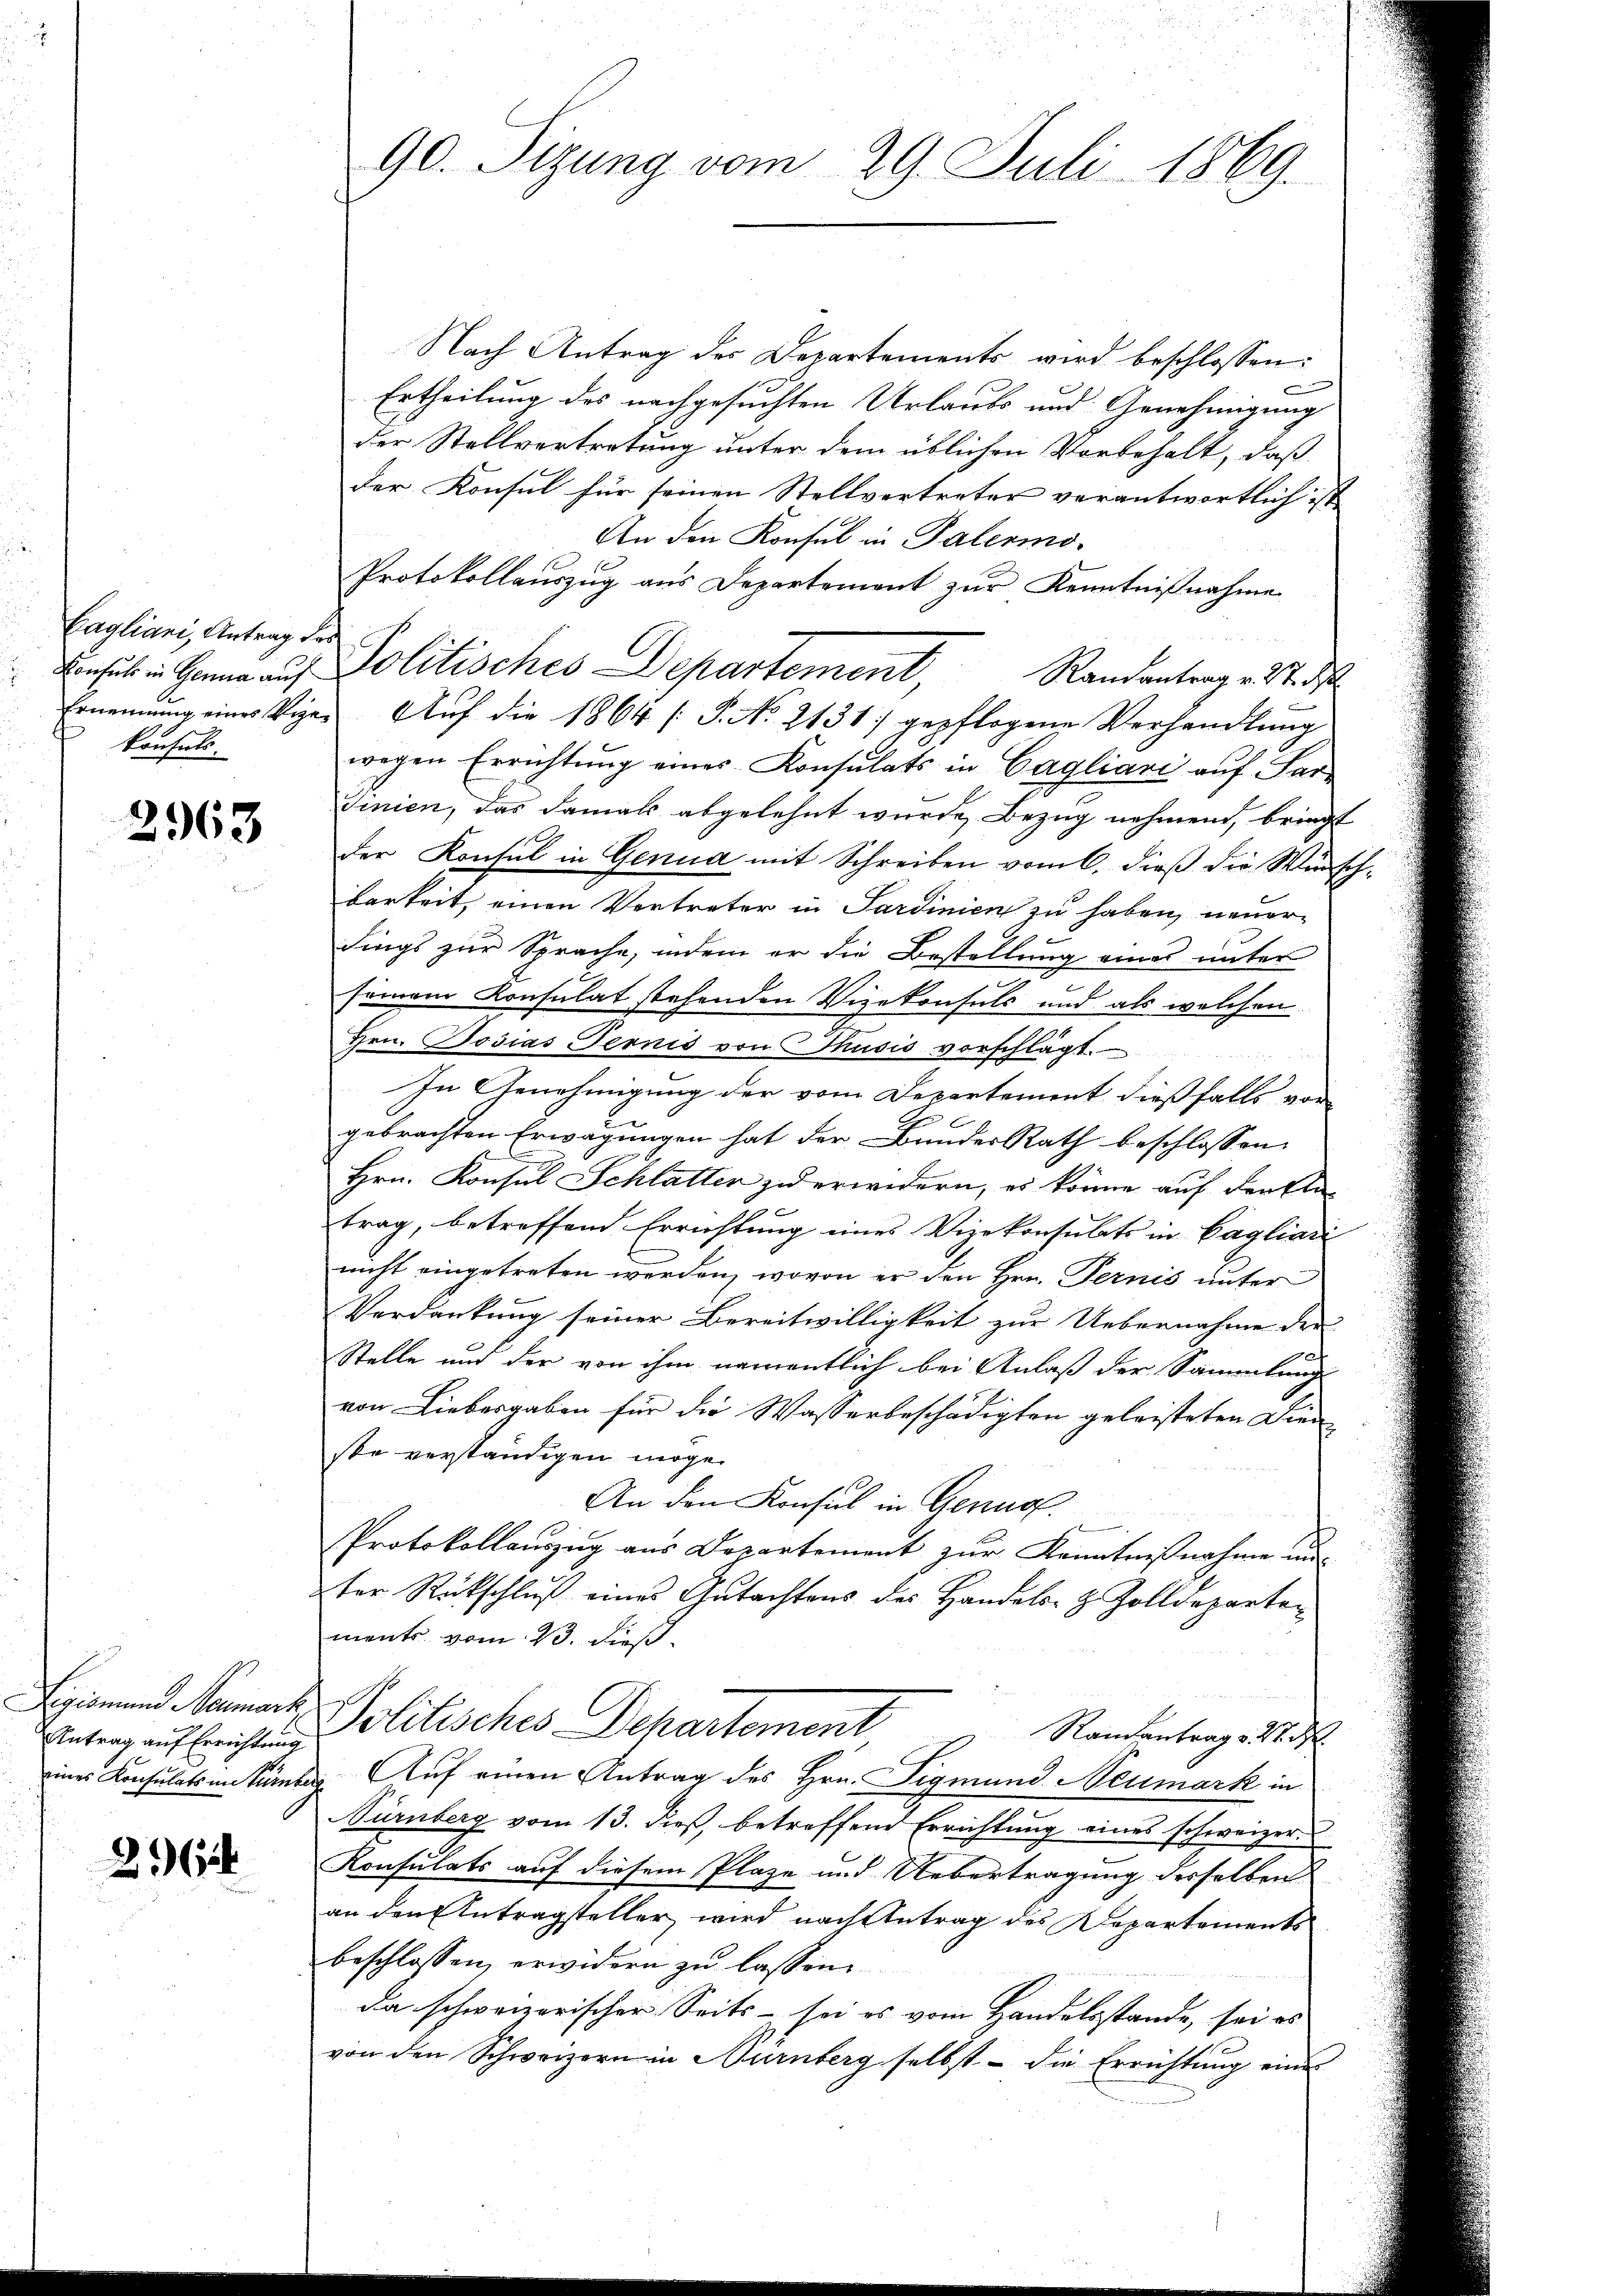
Cagliani, Antrag der
konsuls.

2963

Antrag auf Errichtung

216

Nach Antrag des Departements wird beschlossen:
Ertheilung des nachgesuchten Urlaubs und Genehmigung
der Stellvertretung unter dem üblichen Vorbehalt, daß
der Konsul für seinen Stellvertreter verantwortlich ist
An den Konsul in Palermo¬
Protokollauszug aus Departement zur Kenntnißnahme
Binsul in Hanna auf Politisches Departement,
Randantrag v. 27. ds
Ernennung eines Viger Aŭf die 1864 /: P. No. 2131) gepflogene Verhandlŭng
wegen Errichtŭng einer Konsulats in Cagliari aŭf Sar-
Tinien, das damals abgelehnt wurde, Bezug nehmend, bringt
der Konsul in Genua mit Schreiben vom 6. dieß die Wünschbarkeit, einen Vertreter in Sardinien zu haben, neuerdings zur Sprache, indem er die Bestellung eines unter
seinem Konsulat stehenden Vizekonsuls und als welchen
Hrn. Josias Ternis von Thusis vorschlägt.
24
In Genehmigung der vom Departement dießfalls vor-
gebrachten Erwägungen hat der Bundes Rath beschlossen:
Hrn. Konsul Schlatter zu erwidern, es könne auf den Ele-
trag, betreffend Errichtung eines Vizekonsulats in Cagliari
nicht eingetreten werden, wovon er den Hrn. Ternis unter
Verdankung seiner Bereitwilligkeit zur Uebernahme der
Stelle und der von ihm namentlich bei Anlaß der Sammlung
von Liebesgaben für die Wasserbeschädigten geleisteten Dien
ste verständigen möge.
An den Konsul in Genus.
Protokollauszug aus Departement zur Kenntnißnahme un
ter Rückschluß eines Gutachtens des Handels- Z. Zolldeparten
ments vom 23. dieß
Limund Nament, Politisches Departement
Randantrag v. 27. d.
eines Konsulats in kümber. Auf einen Antrag des Hrn. Sigmund Neumark in
Vürnberg vom 13. dieß, betreffend Errichtung eines schweizer
Konsulats auf diesem Plaze und Uebertragung derselben
an den Antragsteller, wird nach Antrag des Departements
beschlossen, erwidern zu lassen
da schweizerischer Seits - sei es vom Landelsstande, sei es
von den Schweizern in Nürnberg selbst - die Errichtŭng eine

90. Sizung vom 29. Juli 1869.